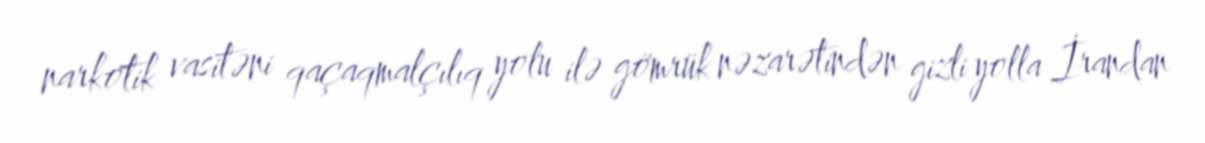
narkotik vasitəni qaçaqmalçılıq yolu ilə gömrük nəzarətindən gizli yolla İrandan